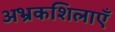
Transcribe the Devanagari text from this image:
अभ्रकशिलाएँ